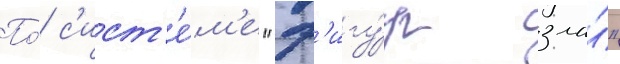
По́ с'ист'е́м'е "ф'игу́р зла́"